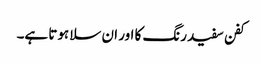
کفن سفید رنگ کا اور ان سلا ہوتا ہے۔